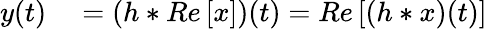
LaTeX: \begin{array}{r}{\begin{array}{rl}{y(t)}&{{}=(h\ast Re\left[x\right])(t)=Re\left[(h\ast x)(t)\right]}\end{array}}\end{array}